Scottish Leaving Certificate Examination, 1956
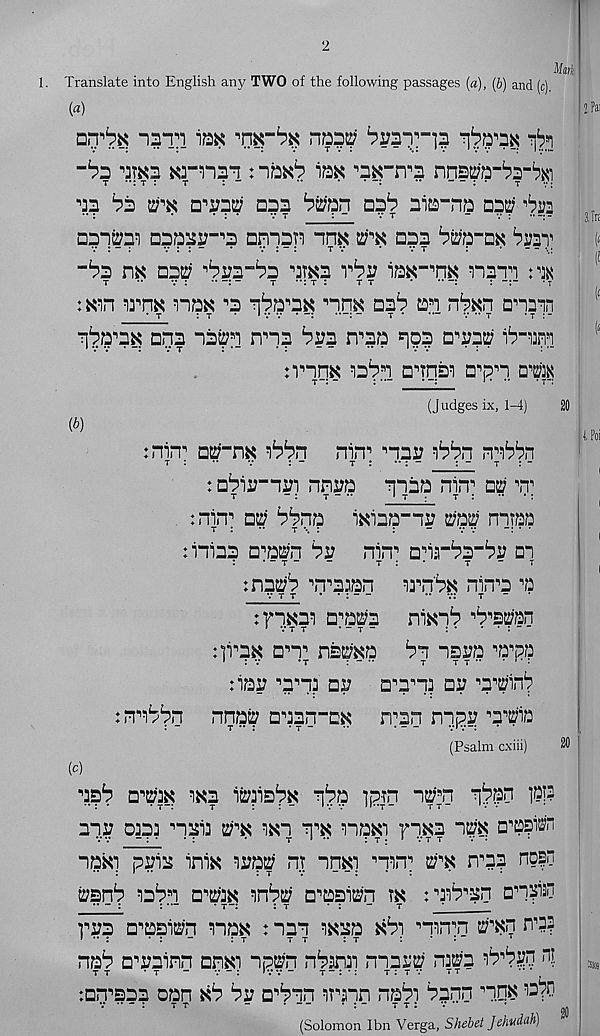
2
1. Translate into English any TWO of the following passages (a), (b) and (c)
(a)
-15T1 iSK
^
-^3 ■’3TK3 wnsT :
lax
nns^Q-^-^i
t ••: t :
t
: “
•*
*
**
— : •
T v:
wx d'ot D5?
A nia-na
□3“!^ □333J7- , 3 nnisp
2;^ 033 ^2;3“Dx ^st
“^3
332; ^173-33 "3m 1^3
nsn^i
:«in i3^nK nQK ^3 rbwnx
ns 1 ? a*! n^xn anmn
• t
: t ■ 1 v v • -:
-
x • •— v •• r
*t :-
■71^3$ nns "i32; fl i nns brs rrsa ^93 Q'OT
nn T 0K 139 b 1 B^TpST 3 B pn
(J udges ix, 1-4)
20
(*)
:nin B B2?-nK 'bbn
nin B ■’isr
t :
••
v
: -
t :
-
: “ t : -
: B^iimn nnr»
*1133 nirr 32; w
t
- :
t “ ••
1 t :
t : •• * :
:rn<T nw ^^<19
i«i33"ir 2792; nirap
: ni33 B B 927n 3i?
nirr b^j-^b-^jj di
.
' - T -
-
T :
•
T
~
T
:n32;b ' , n B 333n
i3 B n'b^ nin B 3 B a
v t t • • :
•••.•: t “
: 73X31 b b Q2?3
niX39 ^BUiW
:]i B 3X Bn; ns2;x9
by “isra ^p’pp
:i3I? B 3 B 33 B17
B B 3 B “13 B3
nnas? B B 33n-Ex
nnn nyp : p : 'T0t
(Psalm cxiii)
20
(c)
';$b b b 2;3x 1X3 i^ib^x 3^9 ]pin nttfn ^‘ppn 1P9
313 0333 n313 27 B X 1XT 1 B X 1"19X1 fl.XS I^X 2j|?H
39x1 p3i3 inix 1392; n; nnxi B iin; 2lx nn? npfn
27Snb 13^sl B B 273X inb27 B B B3127n TX : B 31^B3n
•• ~ :
: ••“
• t-:
: t
• :
- t
r 173 B B Bsi2;n n9x : “13*1 1x39 x^i mnn 27 B xn n 1 ??
'••:
* :
-
:t
tt
:t
:
*•
1
n9^ B B 33inn anxi *ip27'n .1^3331 n“)3i:27.13^3 br'byy nj
:Bn B S33 oan xb ^17 n'bm it b 3"id na^i lann nnx 12^
t r
“
•
; -
T T ; v -
•
(Solomon Ibn Verga, Shebet Jekudah)